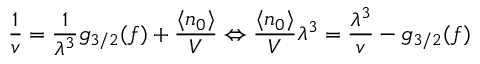
{ \frac { 1 } { v } } = { \frac { 1 } { \lambda ^ { 3 } } } g _ { 3 / 2 } ( f ) + { \frac { \langle n _ { 0 } \rangle } { V } } \Leftrightarrow { \frac { \langle n _ { 0 } \rangle } { V } } \lambda ^ { 3 } = { \frac { \lambda ^ { 3 } } { v } } - g _ { 3 / 2 } ( f )